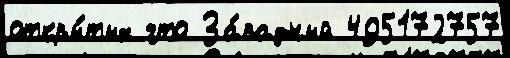
откры́тых что За́падный 495172757